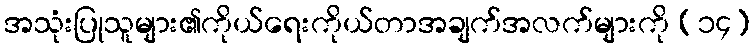
အသုံးပြုသူများ၏ကိုယ်ရေးကိုယ်တာအချက်အလက်များကို (၁၄)